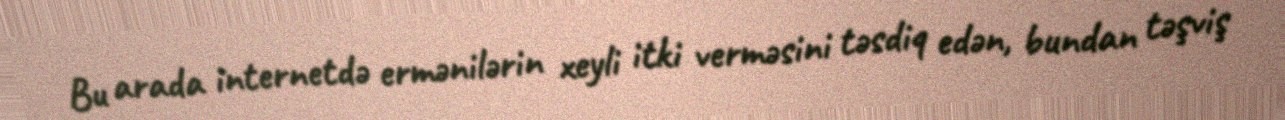
Bu arada internetdə ermənilərin xeyli itki verməsini təsdiq edən, bundan təşviş